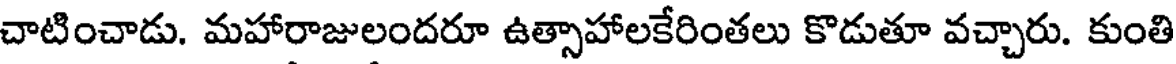
చాటించాడు. మహారాజులందరూ ఉత్సాహాలకేరింతలు కొడుతూ వచ్చారు. కుంతి